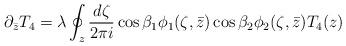
LaTeX: \begin{align*}\partial_{\bar{z}}T_4 = \lambda \oint_z \frac{d\zeta}{2\pi i} \cos{\beta}_1\phi_1(\zeta,\bar{z}) \cos{\beta}_2\phi_2(\zeta,\bar{z}) T_4(z) \end{align*}